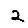
Digit: 2